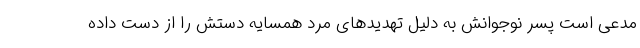
مدعی است پسر نوجوانش به دلیل تهدید‌های مرد همسایه دستش را از دست داده